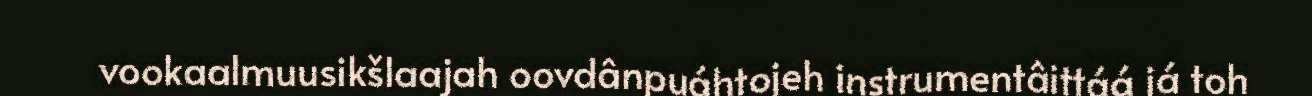
vookaalmuusikšlaajah oovdânpuáhtojeh instrumentâittáá já toh